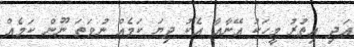
އަދި އިތުރު މީހަކު އޭނާއާ އެކު ދިޔަ ކަމެއް ނުވަތަ ނޫން ކަމެއް